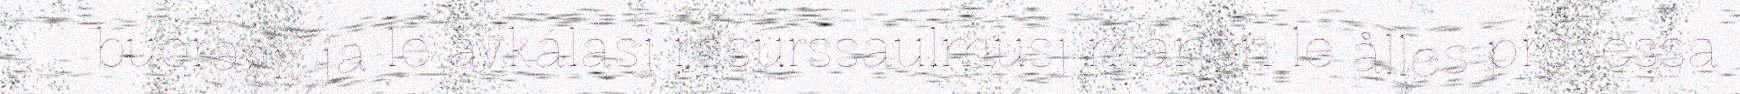
buoragit ja le ávkálasj resurssaulmusj maŋen le ålles prosessa